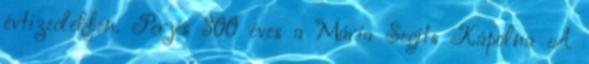
évtizedekben. Perjés 300 éves a Mária Segíts Kápolna A